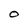
Character: O